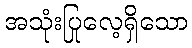
အသုံးပြုလေ့ရှိသော